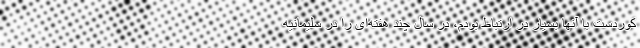
کوردست با آنها بسیار در ارتباط بودم، در سال چند هفته‌ای را در سلیمانیه